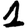
Digit: 1